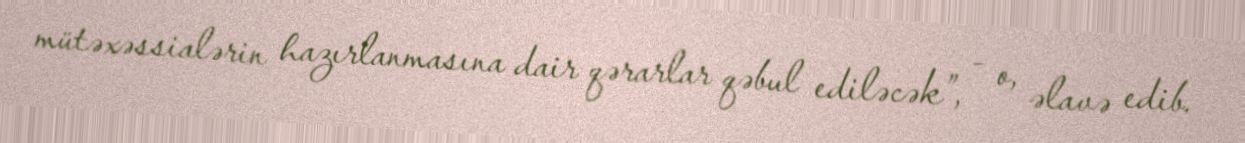
mütəxəssialərin hazırlanmasına dair qərarlar qəbul ediləcək”, - o, əlavə edib.